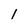
Character: 1